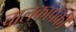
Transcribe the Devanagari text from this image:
चालकांपैकी